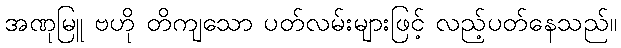
အဏုမြူ ဗဟို တိကျသော ပတ်လမ်းများဖြင့် လည့်ပတ်နေသည်။